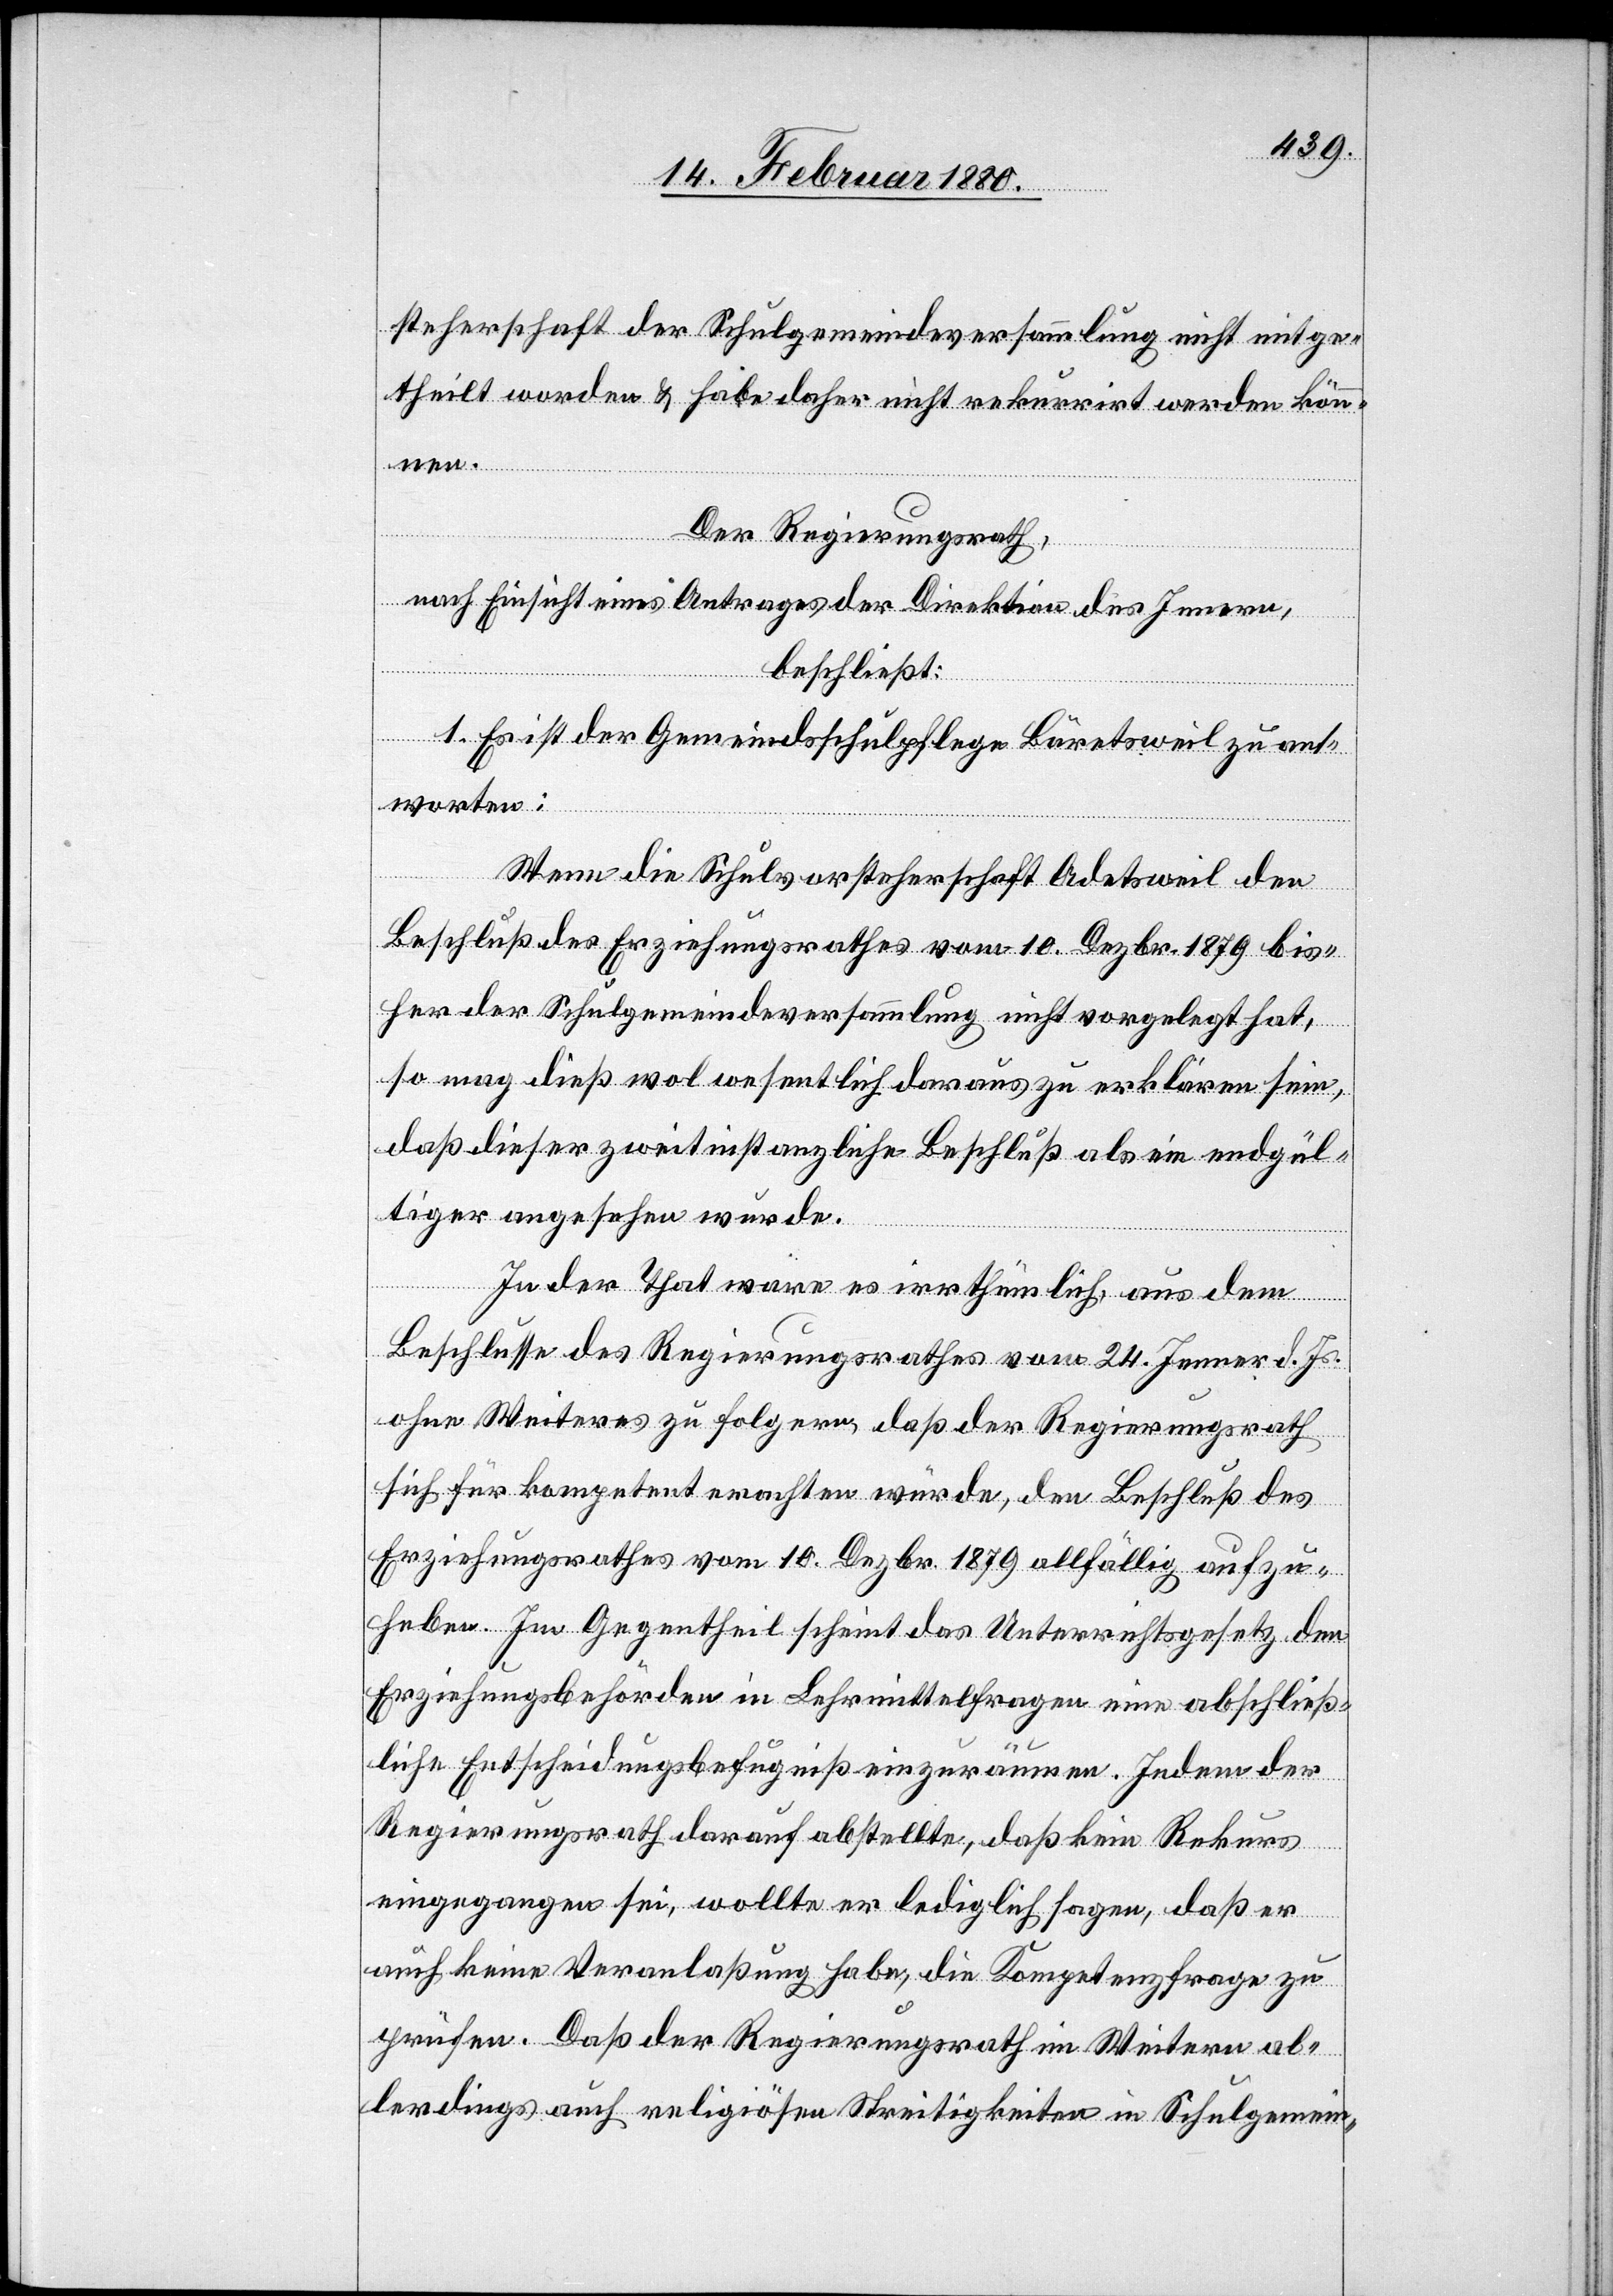
steherschaft der Schulgemeindeversammlung nicht mitge¬
theilt worden & habe daher nicht rekurrirt werden kön¬
nen.
Der Regierungsrath,
nach Einsicht eines Antrages der Direktion des Innern,
beschließt:
1. Es ist der Gemeindsschulpflege Bäretsweil zu ant¬
worten:
Wenn die Schulvorsteherschaft Adetsweil den
Beschluß des Erziehungsrathes vom 10. Dezbr. 1879 bis¬
her der Schulgemeindeversammlung nicht voregelegt hat,
so mag dieß wol wesentlich daraus zu erklären sein,
daß dieser zweitinstanzliche Beschluß als ein endgül¬
tiger angesehen wurde.
In der That wäre es irrthümlich aus dem
Beschlusse des Regierungsrathes vom 24. Jenner d. Js.
ohne Weiteres zu folgern, daß der Regierungsrath
sich für kompetent erachten würde, den Beschluß des
Erziehungsrathes vom 10. Dezbr. 1879 allfällig aufzu¬
heben. Im Gegentheil scheint das Unterrichtsgesetz den
Erziehungsbehörden in Lehrmittelfragen eine abschließ¬
liche Entscheidungsbefugniß einzuräumen. Indem der
Regierungsrath darauf abstellte, daß kein Rekurs
eingegangen sei, wollte er lediglich sagen, daß er
auch keine Veranlaßung habe, die Kompetenzfrage zu
prüfen. Daß der Regierungsrath im Weitern al¬
lerdings auch religiösen Streitigkeiten in Schulgemein-